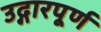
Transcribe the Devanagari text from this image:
उद्गारपूर्ण